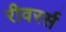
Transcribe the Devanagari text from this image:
रीवरर्स